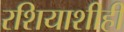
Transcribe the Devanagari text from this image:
रशियाशीही